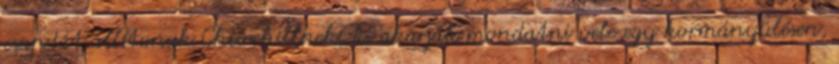
csapdát állítanak Churchillnek, ki akarják mondatni vele egy kormányülésen,